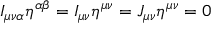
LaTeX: I _ { \mu \nu \alpha } \eta ^ { \alpha \beta } = I _ { \mu \nu } \eta ^ { \mu \nu } = J _ { \mu \nu } \eta ^ { \mu \nu } = 0